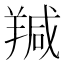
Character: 羬